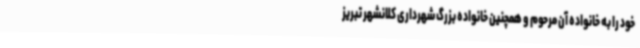
خود را به خانواده آن مرحوم و همچنین خانواده بزرگ شهرداری کلانشهر تبریز